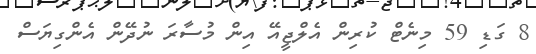
8 ގަޑި 59 މިނެޓް ކުރިން އެލްޖީއޭ އިން މުސާރަ ނުދޭން އެންގިޔަސް